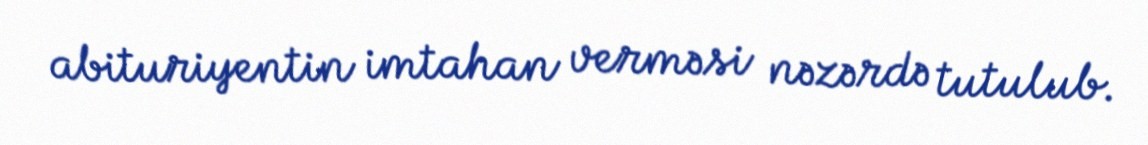
abituriyentin imtahan verməsi nəzərdə tutulub.